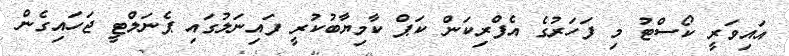
އައިވަރީ ކޯސްޓު މި ފަަހަރުގެ އެފްރިކަން ކަޕް ކާމިޔާބުކުރީ ފައިނަލުގައި ޕެނަލްޓީ ޖަހައިގެން